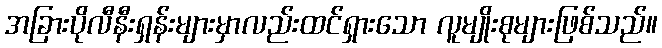
အခြားပိုလီနီးရှန်းများမှာလည်းထင်ရှားသော လူမျိုးစုများဖြစ်သည်။